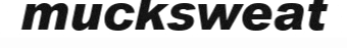
mucksweat